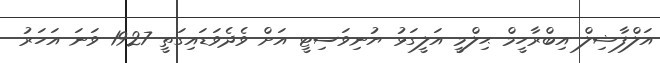
އަލްފާޟިލް އިބްރާހީމް ޙިލްމީ އަލީގަޅު ޔުނިވަސިޓީ އަށް ވެދެވަޑައިގަތީ 1927 ވަނަ އަހަރު